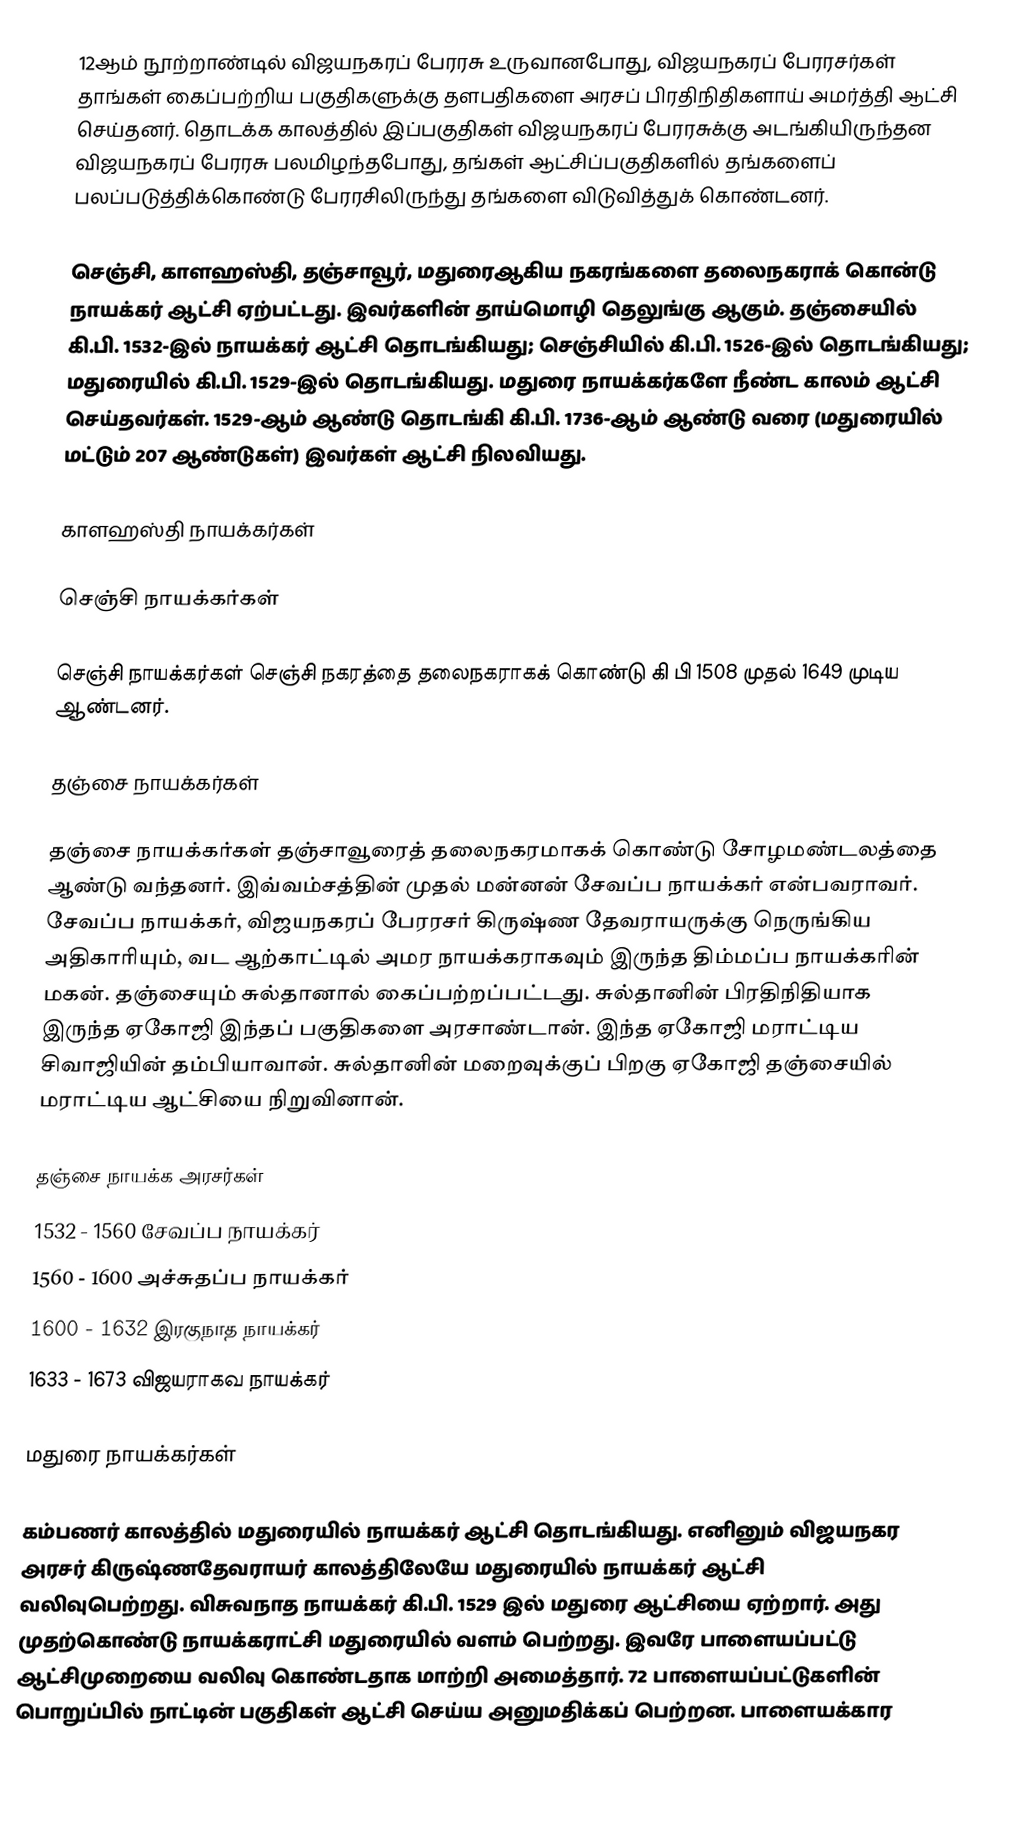
12ஆம் நூற்றாண்டில் விஜயநகரப் பேரரசு உருவானபோது, விஜயநகரப் பேரரசர்கள் தாங்கள் கைப்பற்றிய பகுதிகளுக்கு  தளபதிகளை அரசப் பிரதிநிதிகளாய் அமர்த்தி ஆட்சி செய்தனர். தொடக்க காலத்தில் இப்பகுதிகள் விஜயநகரப் பேரரசுக்கு அடங்கியிருந்தன விஜயநகரப் பேரரசு பலமிழந்தபோது, தங்கள் ஆட்சிப்பகுதிகளில் தங்களைப் பலப்படுத்திக்கொண்டு பேரரசிலிருந்து தங்களை விடுவித்துக் கொண்டனர்.

செஞ்சி, காளஹஸ்தி, தஞ்சாவூர்,  மதுரைஆகிய  நகரங்களை தலைநகராக் கொன்டு நாயக்கர் ஆட்சி ஏற்பட்டது.  இவர்களின் தாய்மொழி தெலுங்கு ஆகும். தஞ்சையில் கி.பி. 1532-இல் நாயக்கர் ஆட்சி தொடங்கியது; செஞ்சியில் கி.பி. 1526-இல் தொடங்கியது; மதுரையில் கி.பி. 1529-இல் தொடங்கியது.  மதுரை நாயக்கர்களே நீண்ட காலம் ஆட்சி செய்தவர்கள். 1529-ஆம் ஆண்டு தொடங்கி கி.பி. 1736-ஆம் ஆண்டு வரை (மதுரையில் மட்டும் 207 ஆண்டுகள்) இவர்கள் ஆட்சி நிலவியது.

காளஹஸ்தி நாயக்கர்கள்

செஞ்சி நாயக்கர்கள்

செஞ்சி நாயக்கர்கள் செஞ்சி நகரத்தை தலைநகராகக் கொண்டு கி பி 1508 முதல் 1649 முடிய ஆண்டனர்.

தஞ்சை நாயக்கர்கள்

தஞ்சை நாயக்கர்கள் தஞ்சாவூரைத் தலைநகரமாகக் கொண்டு சோழமண்டலத்தை ஆண்டு வந்தனர். இவ்வம்சத்தின் முதல் மன்னன் சேவப்ப நாயக்கர் என்பவராவர். சேவப்ப நாயக்கர், விஜயநகரப் பேரரசர் கிருஷ்ண தேவராயருக்கு நெருங்கிய அதிகாரியும், வட ஆற்காட்டில் அமர நாயக்கராகவும் இருந்த திம்மப்ப நாயக்கரின் மகன். தஞ்சையும் சுல்தானால் கைப்பற்றப்பட்டது. சுல்தானின் பிரதிநிதியாக இருந்த ஏகோஜி இந்தப் பகுதிகளை அரசாண்டான். இந்த ஏகோஜி மராட்டிய சிவாஜியின் தம்பியாவான். சுல்தானின் மறைவுக்குப் பிறகு ஏகோஜி தஞ்சையில் மராட்டிய ஆட்சியை நிறுவினான்.

தஞ்சை நாயக்க அரசர்கள்
 1532 - 1560 சேவப்ப நாயக்கர்
 1560 - 1600 அச்சுதப்ப நாயக்கர்
 1600 - 1632 இரகுநாத நாயக்கர்
 1633 - 1673 விஜயராகவ நாயக்கர்

மதுரை நாயக்கர்கள்

கம்பணர் காலத்தில் மதுரையில் நாயக்கர் ஆட்சி தொடங்கியது. எனினும் விஜயநகர அரசர் கிருஷ்ணதேவராயர் காலத்திலேயே மதுரையில் நாயக்கர் ஆட்சி வலிவுபெற்றது. விசுவநாத நாயக்கர் கி.பி. 1529 இல் மதுரை ஆட்சியை ஏற்றார். அது முதற்கொண்டு நாயக்கராட்சி மதுரையில் வளம் பெற்றது. இவரே பாளையப்பட்டு ஆட்சிமுறையை வலிவு கொண்டதாக மாற்றி அமைத்தார். 72 பாளையப்பட்டுகளின் பொறுப்பில் நாட்டின் பகுதிகள் ஆட்சி செய்ய அனுமதிக்கப் பெற்றன.  பாளையக்கார